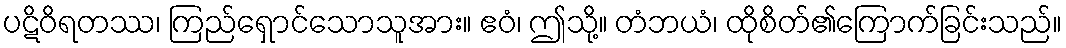
ပဋိဝိရတဿ၊ ကြည်ရှောင်သောသူအား။ ဧဝံ၊ ဤသို့။ တံဘယံ၊ ထိုစိတ်၏ကြောက်ခြင်းသည်။